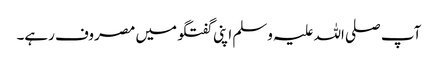
آپ صلی اللہ علیہ وسلم اپنی گفتگو میں مصروف رہے۔